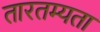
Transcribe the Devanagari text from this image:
तारतम्‍यता